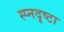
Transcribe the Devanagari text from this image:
स्प्नदृष्टा